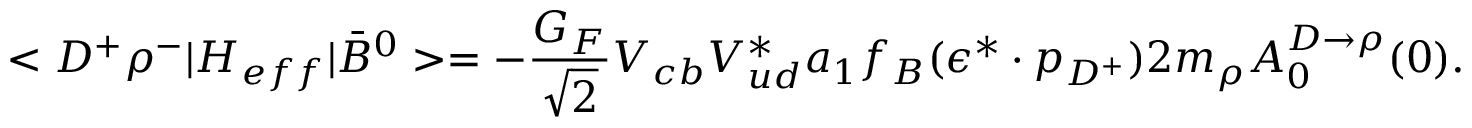
< D ^ { + } \rho ^ { - } | { \cal H } _ { e f f } | \bar { B } ^ { 0 } > = - \frac { G _ { F } } { \sqrt { 2 } } V _ { c b } V _ { u d } ^ { * } a _ { 1 } f _ { B } ( \epsilon ^ { * } \cdot p _ { D ^ { + } } ) 2 m _ { \rho } A _ { 0 } ^ { D \to \rho } ( 0 ) .